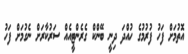
އޮތުމަށް ފަހު ފުރުމުގެ ހުއްދަ ދިނީ ބޭންކް ގެރެންޓީއެއް ސަރުކާރަށް ނެގުމަށް ފަހު